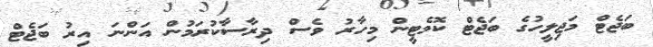
ބަޖެޓް މަޖިލީހުގެ ބަޖެޓް ކޮމެޓީން މިހާރު ވެސް ދިރާސާކުރަމުން އަންނަ އިރު ބަޖެޓް